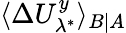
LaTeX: \langle\Delta U_{\lambda^{*}}^{y}\rangle_{B|A}